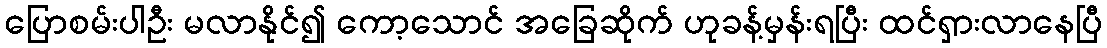
ပြောစမ်းပါဦး မလာနိုင်၍ ကော့သောင် အခြေဆိုက် ဟုခန့်မှန်းရပြီး ထင်ရှားလာနေပြီ